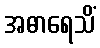
အဓာရေသိံ